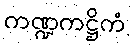
ကဏ္ဍကဋ္ဌိကံ